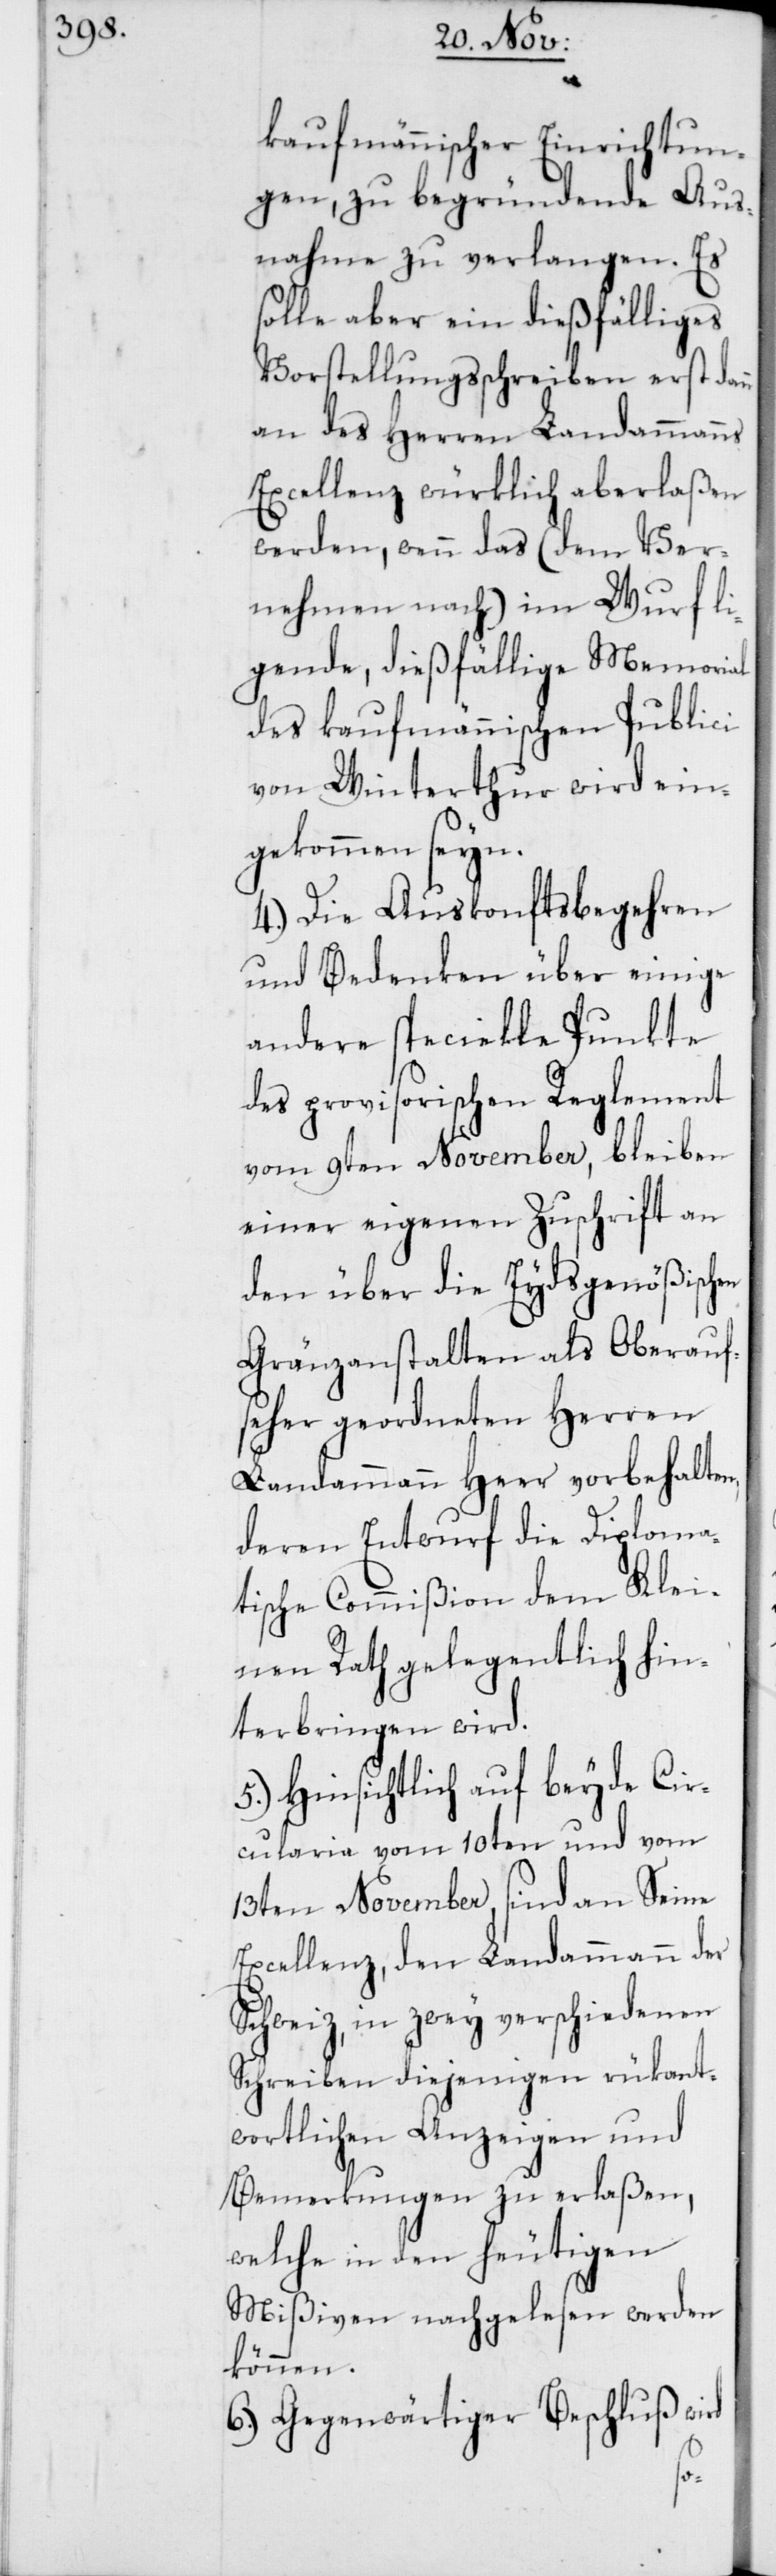
kaufmännischer Einrichtun¬
gen, zu begründende Aus¬
nahme zu verlangen. Es
solle aber ein dießfälliges
Vorstellungsschreiben erst dan¬
an des Herren Landammanns
Excellenz würklich aberlaßen
werden, wenn das (dem Ver¬
nehmen nach) im Wurf li¬
gende, dießfällige Memorial
des kaufmännischen Publici
von Winterthur wird ein¬
gekommen seyn.
4. Die Auskonftsbegehren
und Bedenken über einige
andere specielle Punkte
des provisorischen Reglement
vom 9ten November, bleiben
einer eigenen Zuschrift an
den über die Eydsgenößisch¬
Gränzanstalten als Oberauf¬
seher geordneten Herren
Landammann Heer vorbehalten,
deren Entwurf die Diploma¬
tische Commißion dem Klei¬
nen Rath gelegentlich hin¬
terbringen wird.
5. Hinsichtlich auf beyde Cir¬
cularia vom 10ten und vom
13ten November, sind an Seine
Excellenz, den Landammann der
Schweiz, in zwey verschiedenen
Schreiben diejenigen rükant¬
wortlichen Anzeigen und
Bemerkungen zu erlaßen,
welche in den heutigen
Mißiven nachgelesen werden
können.
6. Gegenwärtiger Beschluß wird
en